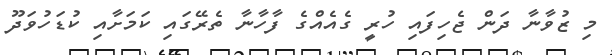
މި ޒުވާނާ ދަން ޖެހިފައި ހުރީ ގެއެއްގެ ފާހާނާ ތެރޭގައި ކަމަށާއި ކުޑަހުވަދޫ